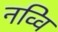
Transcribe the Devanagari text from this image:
नव्वि